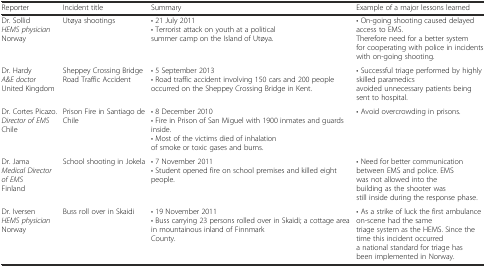
<table><thead><tr><td><b>Reporter</b></td><td><b>Incident title</b></td><td><b>Summary</b></td><td><b>Example of a major lessons learned</b></td></tr></thead><tbody><tr><td rowspan="2">Dr. Sollid <i>HEMS physician</i> Norway</td><td rowspan="2">Utøya shootings</td><td>• 21 July 2011</td><td rowspan="2">• On-going shooting caused delayed access to EMS. Therefore need for a better system for cooperating with police in incidents with on-going shooting.</td></tr><tr><td>• Terrorist attack on youth at a political summer camp on the Island of Utøya.</td></tr><tr><td rowspan="2">Dr. Hardy <i>A&amp;E doctor</i> United Kingdom</td><td rowspan="2">Sheppey Crossing Bridge Road Traffic Accident</td><td>• 5 September 2013</td><td rowspan="2">• Successful triage performed by highly skilled paramedics avoided unnecessary patients being sent to hospital.</td></tr><tr><td>• Road traffic accident involving 150 cars and 200 people occurred on the Sheppey Crossing Bridge in Kent.</td></tr><tr><td rowspan="3">Dr. Cortes Picazo. <i>Director of EMS</i> Chile</td><td rowspan="3">Prison Fire in Santiago de Chile</td><td>• 8 December 2010</td><td rowspan="3">• Avoid overcrowding in prisons.</td></tr><tr><td>• Fire in Prison of San Miguel with 1900 inmates and guards inside.</td></tr><tr><td>• Most of the victims died of inhalation of smoke or toxic gases and burns.</td></tr><tr><td rowspan="2">Dr. Jama <i>Medical Director of EMS</i> Finland</td><td rowspan="2">School shooting in Jokela</td><td>• 7 November 2011</td><td rowspan="2">• Need for better communication between EMS and police. EMS was not allowed into the building as the shooter was still inside during the response phase.</td></tr><tr><td>• Student opened fire on school premises and killed eight people.</td></tr><tr><td rowspan="2">Dr. Iversen <i>HEMS physician</i> Norway</td><td rowspan="2">Buss roll over in Skaidi</td><td>• 19 November 2011</td><td rowspan="2">• As a strike of luck the first ambulance on-scene had the same triage system as the HEMS. Since the time this incident occurred a national standard for triage has been implemented in Norway.</td></tr><tr><td>• Buss carrying 23 persons rolled over in Skaidi; a cottage area in mountainous inland of Finnmark County.</td></tr></tbody></table>